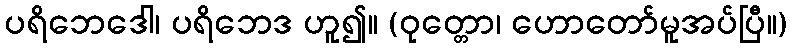
ပရိဘေဒေါ၊ ပရိဘေဒ ဟူ၍။ (ဝုတ္တော၊ ဟောတော်မူအပ်ပြီ။)